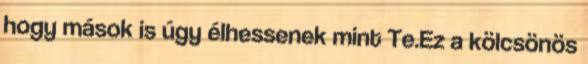
hogy mások is úgy élhessenek mint Te.Ez a kölcsönös